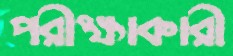
পরীক্ষাকারী